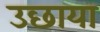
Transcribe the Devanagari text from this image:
उछाया